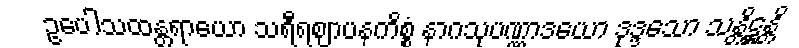
ဥပေါသထန္တရာယော သရီရဈာပနကိစ္စံ နာဂသုပဏ္ဏာဒယော ဒုဒ္ဒသော သန္တိဋ္ဌန္တိ